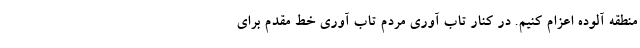
منطقه آلوده اعزام کنیم. در کنار تاب آوری مردم تاب آوری خط مقدم برای